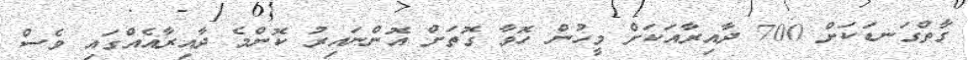
ގާތްގަނޑަކަށް 700 ދާއިރާއަކަށް މީހުން ހޮވާ ގޮތަށް އޮންނައިރު ކޮންމެ ދާއިރާއެއްގައި ވެސް